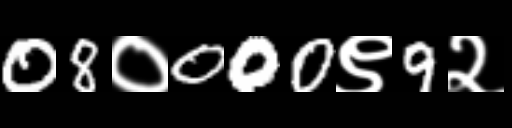
Text: 08०000९9२